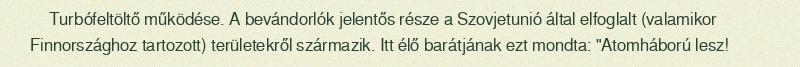
Turbófeltöltő működése. A bevándorlók jelentős része a Szovjetunió által elfoglalt (valamikor Finnországhoz tartozott) területekről származik. Itt élő barátjának ezt mondta: "Atomháború lesz!